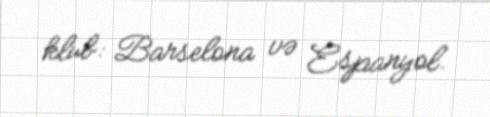
klub: Barselona və Espanyol.